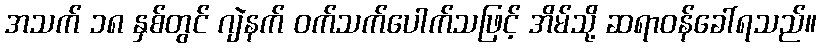
အသက် ၁၈ နှစ်တွင် ဂျဲနက် ဝက်သက်ပေါက်သဖြင့် အိမ်သို့ ဆရာဝန်ခေါ်ရသည်။